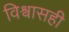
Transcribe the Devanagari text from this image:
विश्वासही